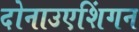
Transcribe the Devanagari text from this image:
दोनाउएशिंगन